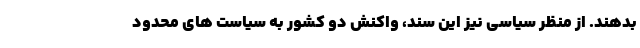
بدهند. از منظر سیاسی نیز این سند، واکنش دو کشور به سیاست های محدود